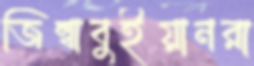
জিম্বাবুইয়ানরা